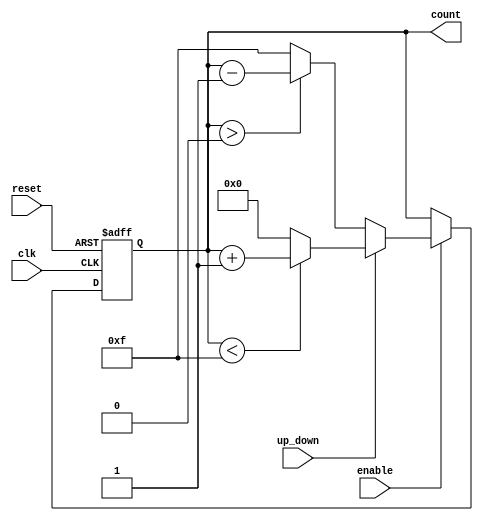
module synchronous_counter (
    input wire clk,            // Clock signal
    input wire reset,          // Asynchronous reset
    input wire enable,         // Enable signal
    input wire up_down,        // Count direction (1 for up, 0 for down)
    output reg [N-1:0] count   // Current count value (N-bit wide)
);

parameter N = 4; // Bit width of the counter (can be changed to 8 or other values)

always @(posedge clk or posedge reset) begin
    if (reset) begin
        count <= 0; // Reset the counter to zero
    end else if (enable) begin
        if (up_down) begin
            // Increment the counter, handle overflow
            if (count < (2**N - 1)) begin
                count <= count + 1;
            end else begin
                count <= 0; // Wrap around on overflow
            end
        end else begin
            // Decrement the counter, handle underflow
            if (count > 0) begin
                count <= count - 1;
            end else begin
                count <= (2**N - 1); // Wrap around on underflow
            end
        end
    end
end

endmodule